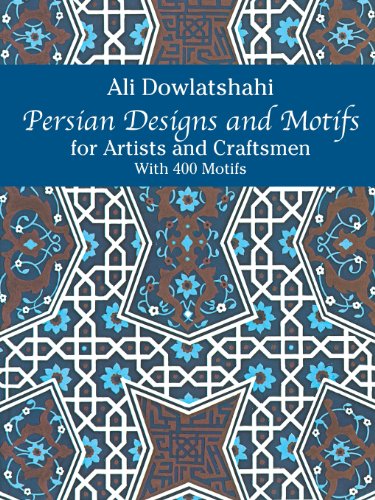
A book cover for Persian Designs and Motifs for Artists and Craftsmen (Dover Pictorial Archive); Ali Dowlatshahi; Arts & Photography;